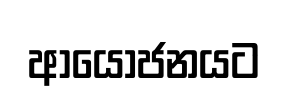
ආයෝජනයට